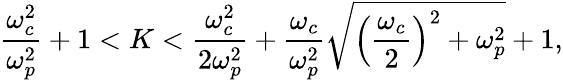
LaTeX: \frac{\omega_{c}^{2}}{\omega_{p}^{2}}+1<K<\frac{\omega_{c}^{2}}{2\omega_{p}^{2}}+\frac{\omega_{c}}{\omega_{p}^{2}}\sqrt{\left(\frac{\omega_{c}}{2}\right)^{2}+\omega_{p}^{2}}+1,